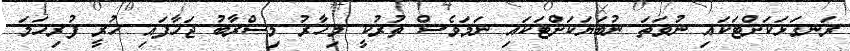
ރަނގަޅަކަށްޓަކައި ނުވަތަ ނުބަޔަކަށްޓަކައި ނަމަވެސް ތުރުކީ މިހާރު މިސްރާބު ޖަހާފައި ހުރީ ފުރިހަމަ